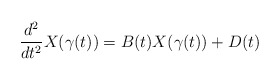
\begin{align*}\frac{d^2}{dt^2} X(\gamma(t)) = B(t) X(\gamma(t)) + D(t)\end{align*}